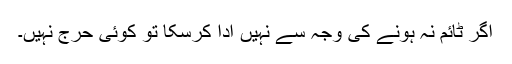
اگر ٹائم نہ ہونے کی وجہ سے نہیں ادا کرسکا تو کوئی حرج نہیں۔